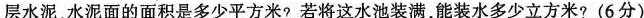
层水泥，水泥面的面积是多少平方米?若将这水池装满，能装水多少立方米?(6分)